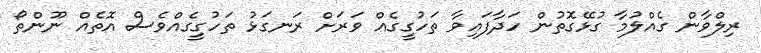
ރިލްވާން ގެއްލުމާ ގުޅޭގޮތުން ހަދާފައިވާ ތަހުގީގެއް ވަރަށް ރަނގަޅު ތަހުގީގެއްވެސް އޮތެއް ނޫންތޯ